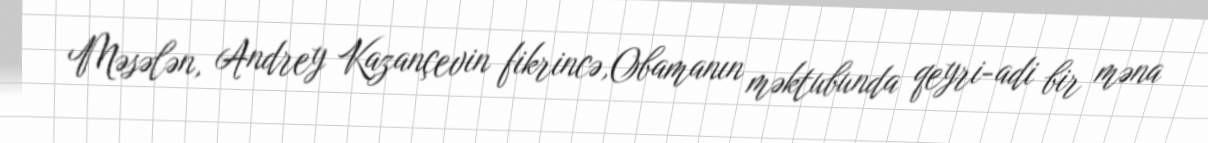
Məsələn, Andrey Kazançevin fikrincə,Obamanın məktubunda qeyri-adi bir məna